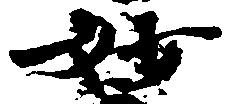
妙